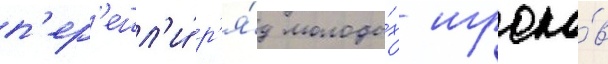
п'ер'ешл'и́ р'я́д молоды́х игроко́в